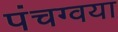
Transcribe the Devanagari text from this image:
पंचग्वया